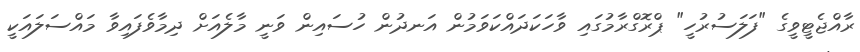
ރާއްޖެޓީވީގެ "ފަލަސުރުހީ" ޕްރޮގްރާމުގައި ވާހަކަދައްކަވަމުން އަނދުން ހުސައިން ވަނީ މާލެއަށް ދިމާވެފައިވާ މައްސަލައަކީ